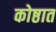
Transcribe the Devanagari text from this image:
कोष्ठात